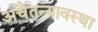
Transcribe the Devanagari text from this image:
अचैतन्यावस्था